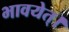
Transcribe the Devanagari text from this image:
भावयेत्‌।